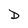
Character: D